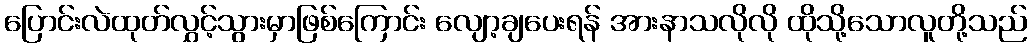
ပြောင်းလဲထုတ်လွှင့်သွားမှာဖြစ်ကြောင်း လျော့ချပေးရန် အားနာသလိုလို ထိုသို့သောလူတို့သည်